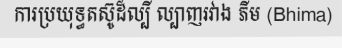
ការប្រយុទ្ធតស៊ូដ៏ល្បី ល្បាញរវាង ភីម (Bhima)